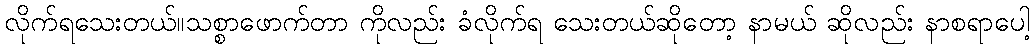
လိုက်ရသေးတယ်။သစ္စာဖောက်တာ ကိုလည်း ခံလိုက်ရ သေးတယ်ဆိုတော့ နာမယ် ဆိုလည်း နာစရာပေါ့